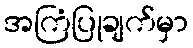
အကြံပြုချက်မှာ